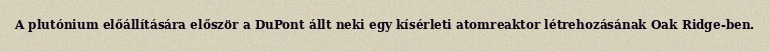
A plutónium előállítására először a DuPont állt neki egy kísérleti atomreaktor létrehozásának Oak Ridge-ben.